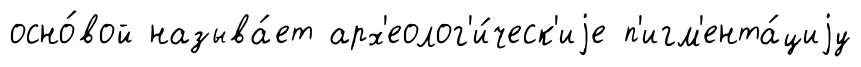
осно́вой называ́ет арх'еолог'и́ческ'иjе п'игм'ента́циjу